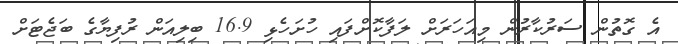
އެ ގޮތުން ސަރުކާރުން މިއަހަރަށް ލަފާކޮށްފައި ހުށަހެޅި 16.9 ބިލިއަން ރުފިޔާގެ ބަޖެޓަށް